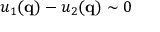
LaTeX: u _ { 1 } ( \mathbf { q } ) - u _ { 2 } ( \mathbf { q } ) \sim 0